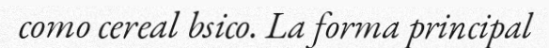
como cereal bsico. La forma principal